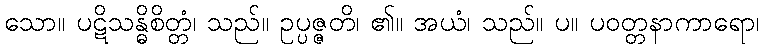
သော။ ပဋိသန္ဓိစိတ္တံ၊ သည်။ ဥပ္ပဇ္ဇတိ၊ ၏။ အယံ၊ သည်။ ပ။ ပဝတ္တနာကာရော၊